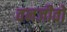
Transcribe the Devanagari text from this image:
वनजीवों